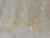
يمكن